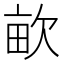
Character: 𣢿